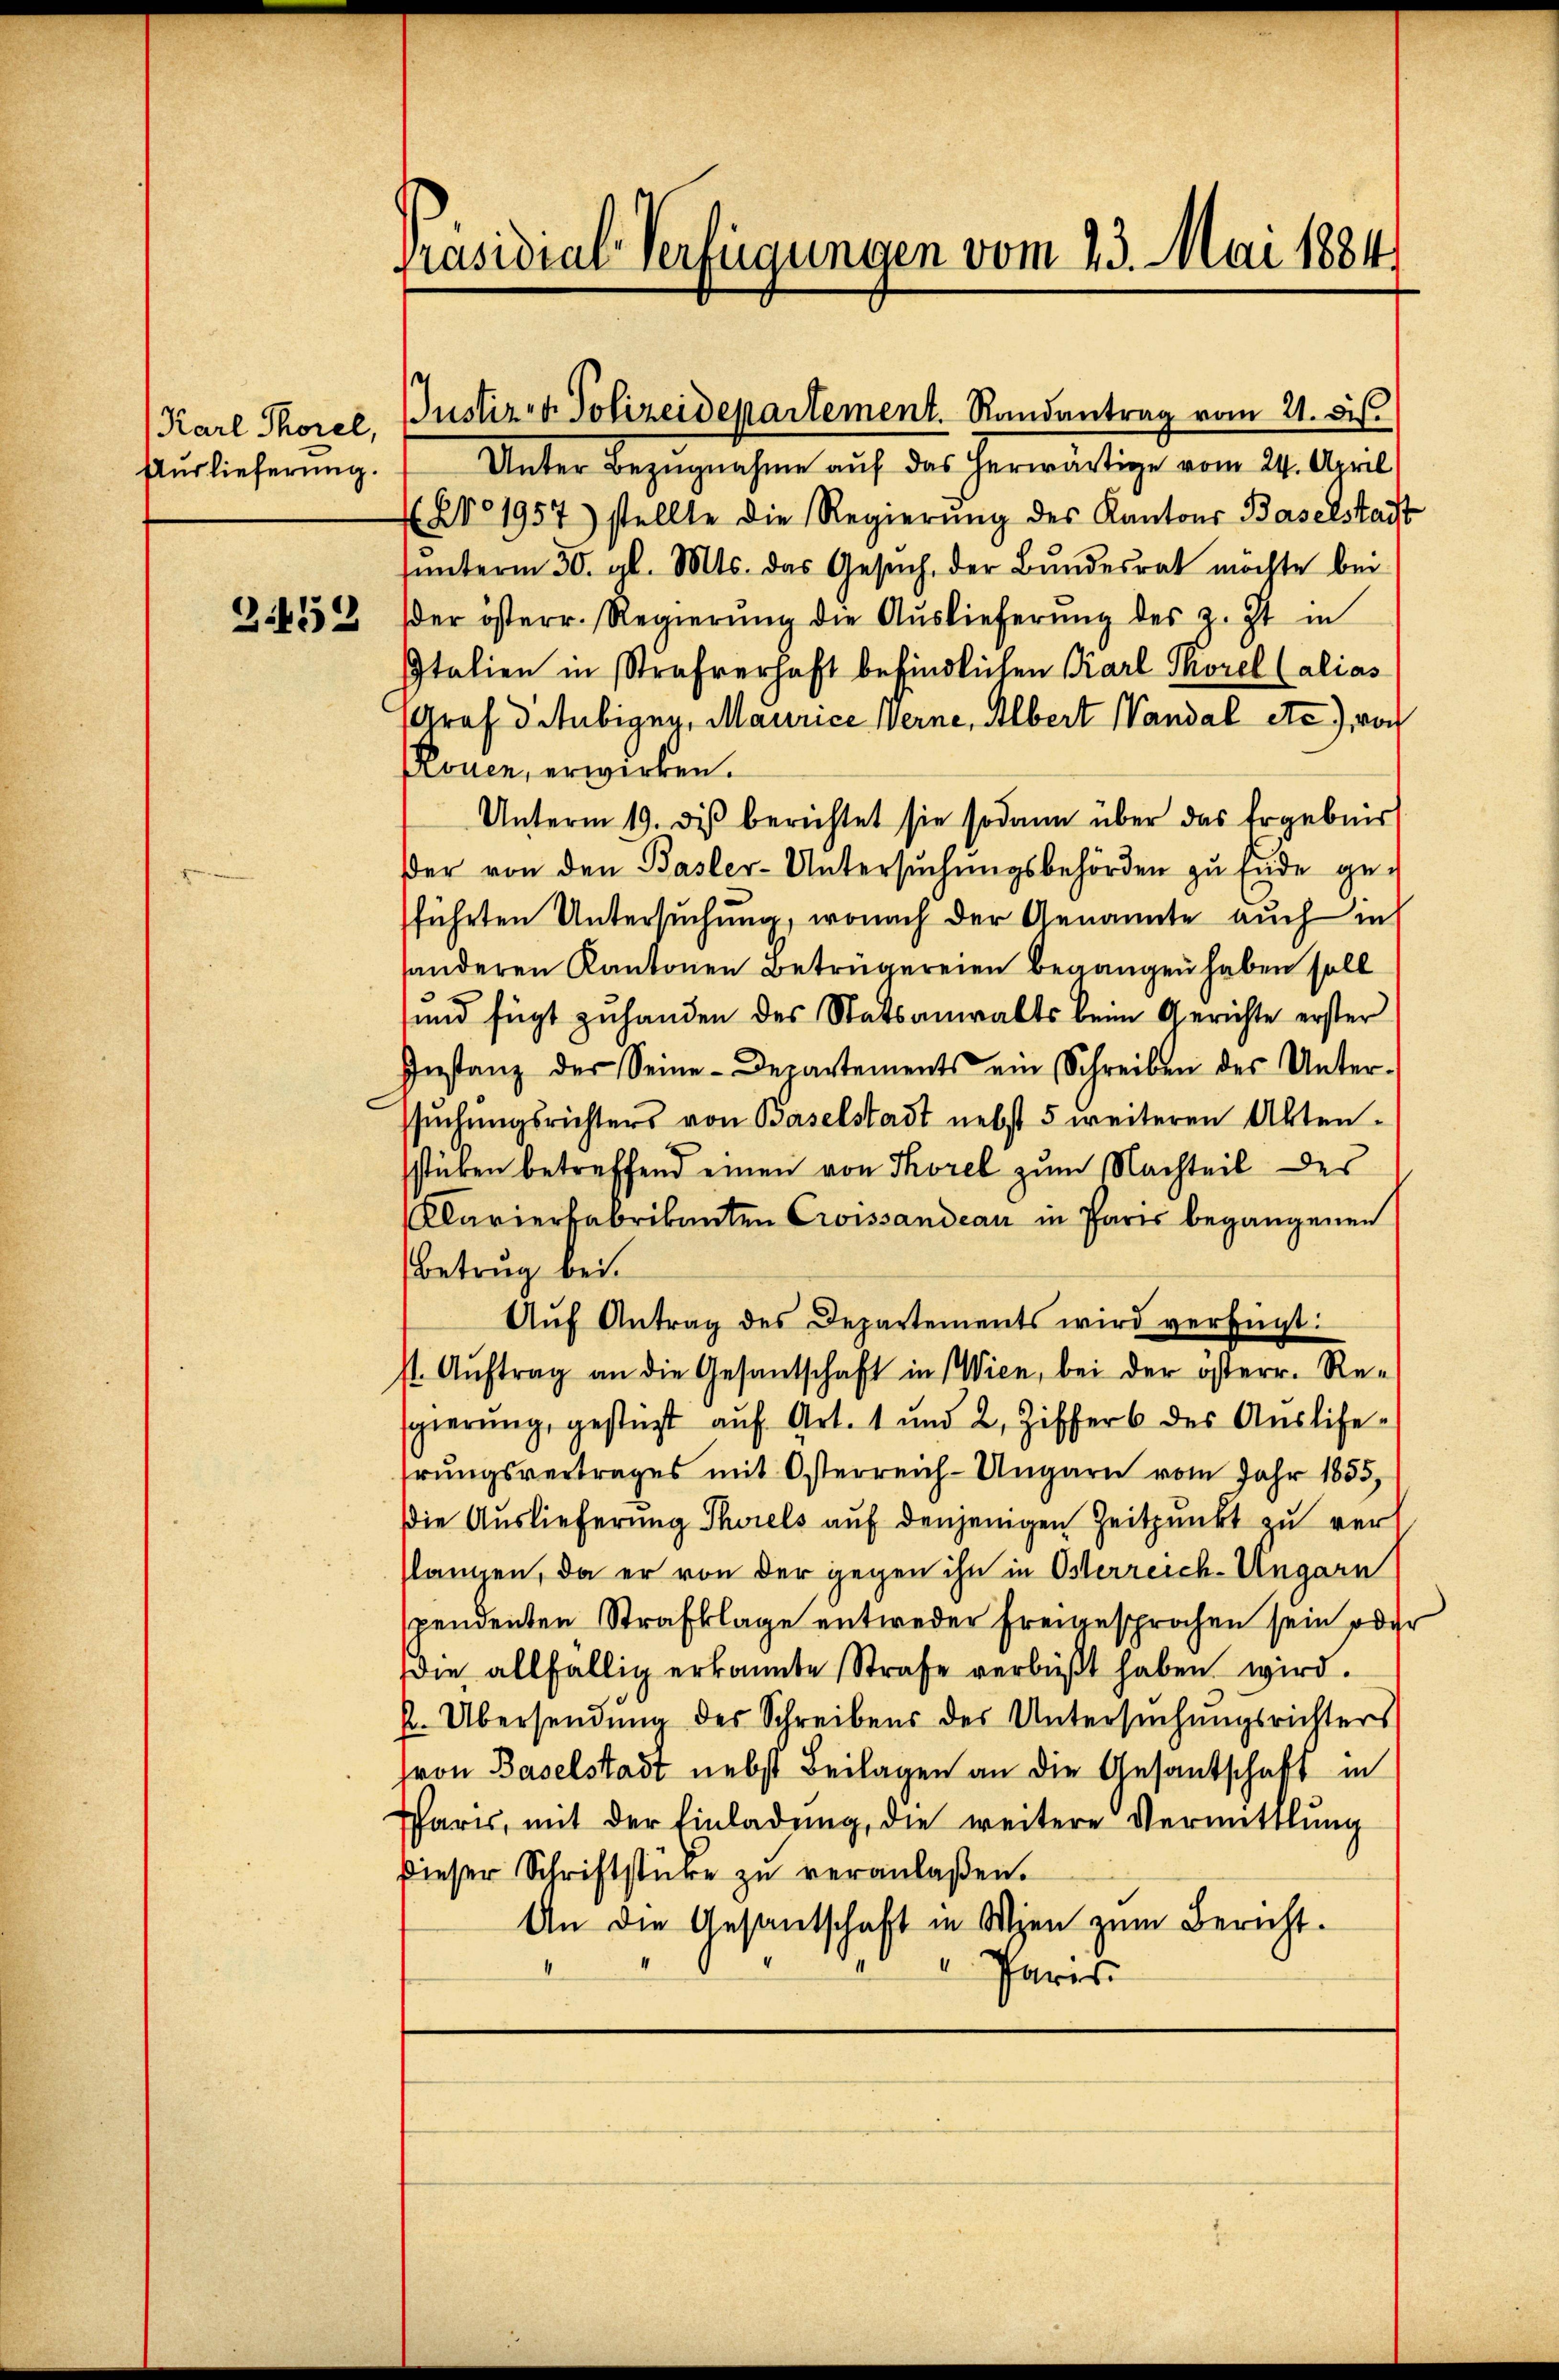
Auslieferung.

Unter Bezugnahme auf das herwärtige vom 24. April
f No 1957) stellte die Regierŭng des Kantons Baselstadt
ŭnterm 30. gl. Mts. das Gesŭch, der Bŭndesrat möchte bei
24552 der österr. Regierŭng die Aŭslieferŭng des z. Zt. in
Italien in Strafverhaft befindlichen Karl Thorel (alias
Graf d Stubigny, Maurice Werne, Albert Vandal etc) von
Pouen, erwirken.
Unterm 19. diβ berichtet sie sodann über das Ergebnis
Der von den Basler-Untersuchungsbehörden zu Ende geführten Untersuchung, wonach der Genannte auch in
sonderen Kantonen Betrügereien begangen haben soll
d
sund fügt zuhanden des Statsanwalts beim Gerichte erster
Instanz der Seine Departements ein Schreiben des Unter-
ssŭchŭngsrichters von Baselstadt nebst 5 weiteren Akten-
sstücken betreffend einen von Thorel zum Nachteil des
Klavierfabrikanten Croissandeau in Paris begangenen
Betrug bei.
Aŭf Antrag des Departements wird verfügt:
st. Aŭftrag an die Gesantschaft in Wien, bei der österr. Re-
sgierŭng gestüzt auf Art. 1 und 2, Ziffers des Aŭslife-
rŭngsvertrages mit Osterreich-Ungarn vom Jahr 1855,
die Auslieferung Thorels auf denjenigen Zeitpunkt zu verl
slangen, da er von der gegen ihn in Osterreich-Ungarn
spendenten Strafklage entweder Freigesprochen sein oder
die allfällig erkannte Strafe verbüßt haben wird.
h. Übersendung des Schreibens des Untersuchungsrichters
fron Baselstadt nebst Beilagen an die Gesantschaft in
Paris, mit der Einladung, die weitere Vermittlung
dieser Schriftstüke zŭ veranlaßen.
An die Gesantschaft in Wien zum Bericht.
“
 Paris

Präsidial-Verfügungen vom 23. Mai 1884.

¬
(Karl Thorel, Justiz- & Polizeidepartement. Randantrag vom 21. ds.